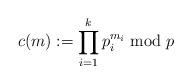
LaTeX: \begin{align*}c(m): = \prod_{i=1}^k p_i^{m_i} \bmod{p}\end{align*}